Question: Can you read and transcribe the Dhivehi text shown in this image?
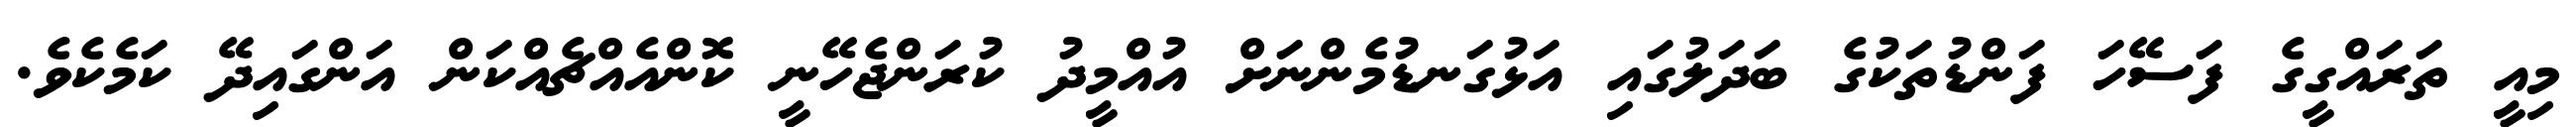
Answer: މިއީ ތަރައްގީގެ ފަސޭހަ ފަންޑުތަކުގެ ބަދަލުގައި އަޅުގަނޑުމެންނަށް އުއްމީދު ކުރަންޖެހޭނީ ކޮންއެއްޗެއްކަން އަންގައިދޭ ކަމެކެވެ.